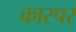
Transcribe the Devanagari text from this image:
कारपर